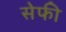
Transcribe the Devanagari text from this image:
सेफी